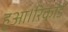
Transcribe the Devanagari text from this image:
हुआ।रिकॉर्ड